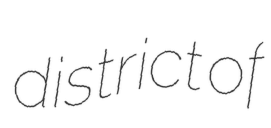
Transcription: district of